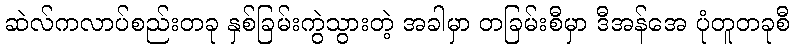
ဆဲလ်ကလာပ်စည်းတခု နှစ်ခြမ်းကွဲသွားတဲ့ အခါမှာ တခြမ်းစီမှာ ဒီအန်အေ ပုံတူတခုစီ